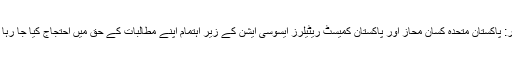
لاہور: پاکستان متحدہ کسان محاز اور پاکستان کمیسٹ ریٹیلرز ایسوسی ایشن کے زیر اہتمام اپنے مطالبات کے حق میں احتجاج کیا جا رہا ہے۔